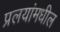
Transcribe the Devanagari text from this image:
प्रलयांमधील